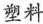
塑料